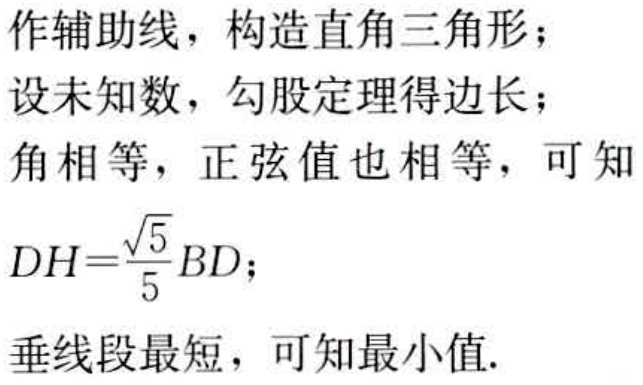
作辅助线，构造直角三角形；

设未知数，勾股定理得边长；

角相等，正弦值也相等，可知

\(DH = \frac{\sqrt{5}}{5}BD\)；

垂线段最短，可知最小值.